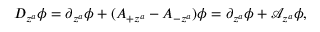
D _ { z ^ { a } } \phi = \partial _ { z ^ { a } } \phi + ( A _ { + z ^ { a } } - A _ { - z ^ { a } } ) \phi = \partial _ { z ^ { a } } \phi + \mathcal { A } _ { z ^ { a } } \phi ,